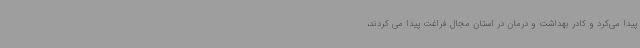
پیدا می‌کرد و کادر بهداشت و درمان در استان مجال فراغت پیدا می کردند،